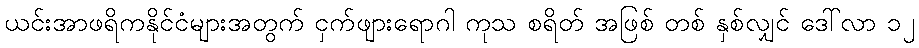
ယင်းအာဖရိကနိုင်ငံများအတွက် ငှက်ဖျားရောဂါ ကုသ စရိတ် အဖြစ် တစ် နှစ်လျှင် ဒေါ်လာ ၁၂